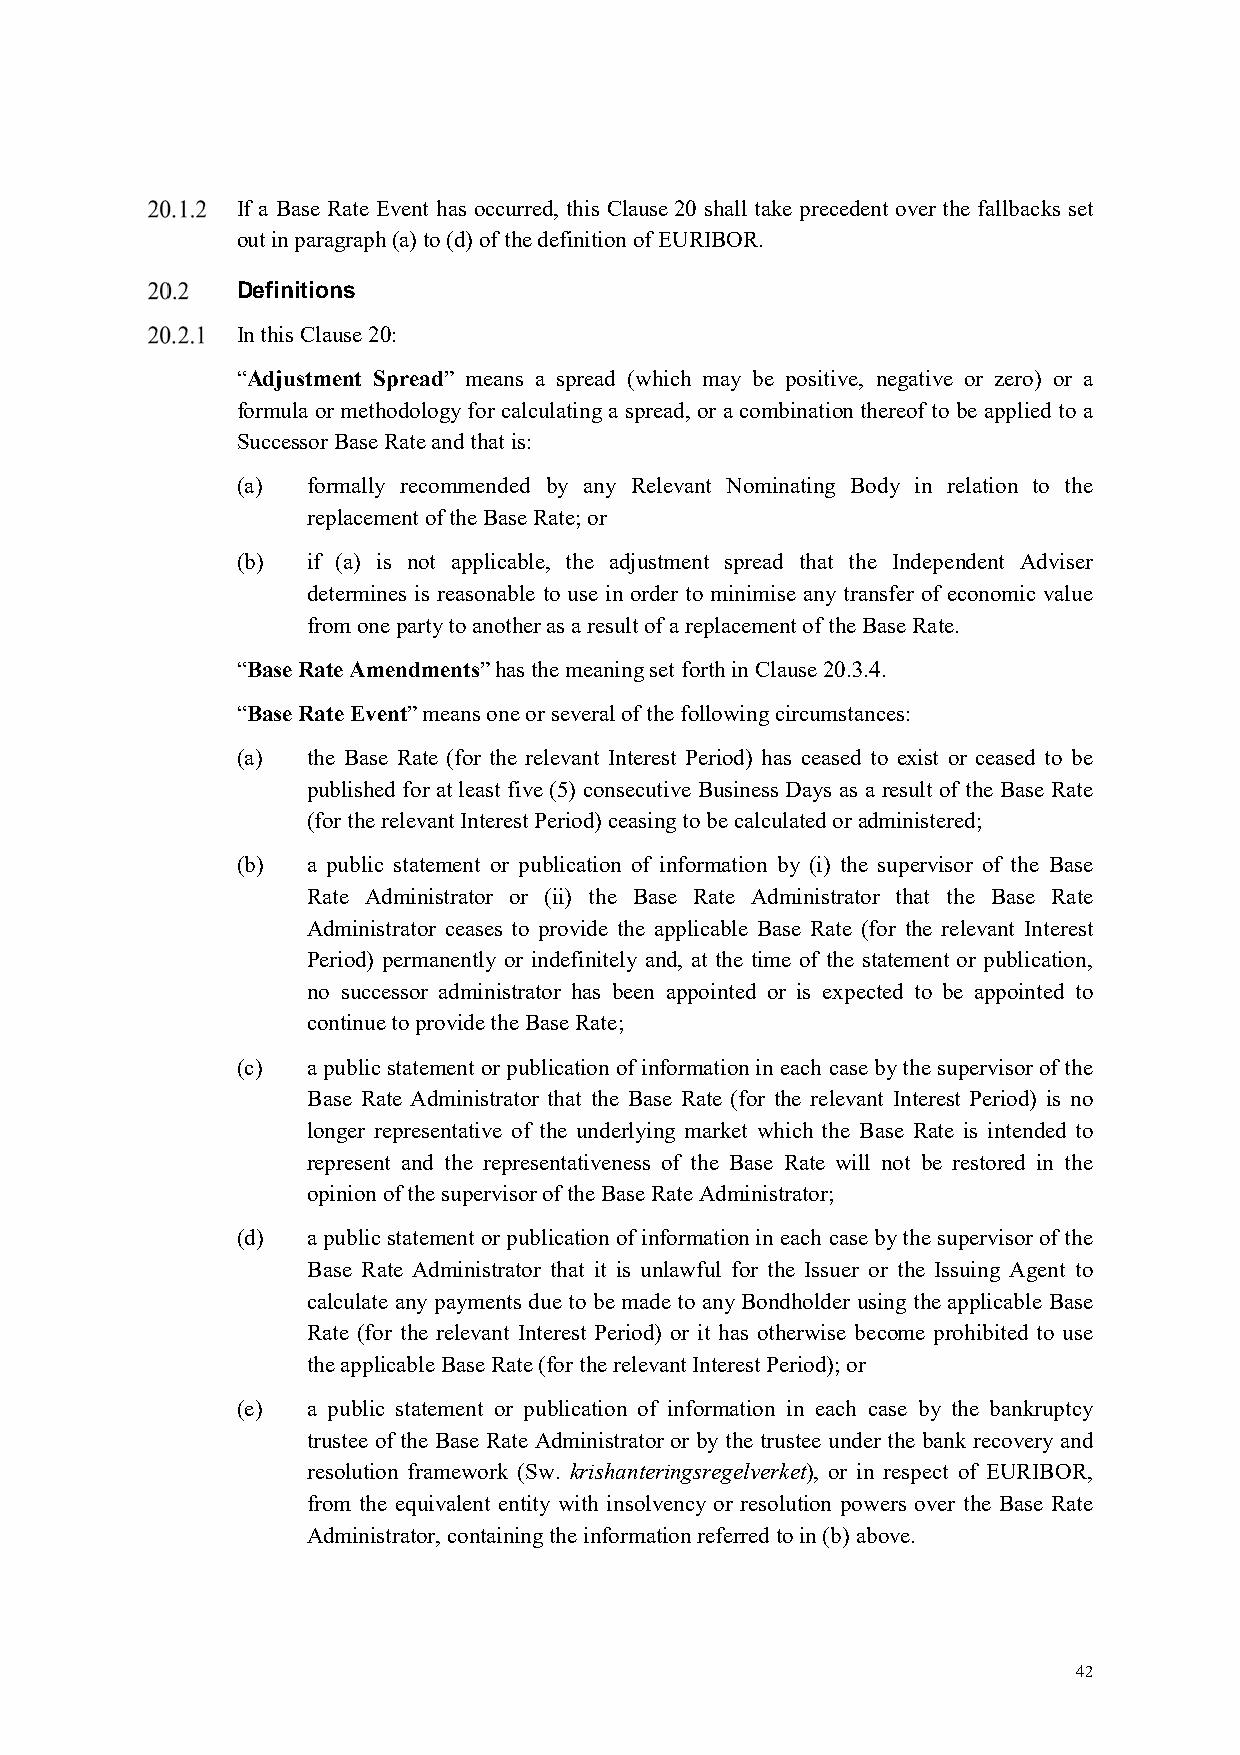
If a Base Rate Event has occurred, this Clause 20 shall take precedent over the fallbacks set
 out in paragraph (a) to (d) of the definition of EURIBOR.
 Definitions
 In this Clause 20:
 “Adjustment Spread” means a spread (which may be positive, negative or zero) or a
 formula or methodology for calculating a spread, or a combination thereof to be applied to a
 Successor Base Rate and that is:
 (a) formally recommended by any Relevant Nominating Body in relation to the
 replacement of the Base Rate; or
 (b) if (a) is not applicable, the adjustment spread that the Independent Adviser
 determines is reasonable to use in order to minimise any transfer of economic value
 from one party to another as a result of a replacement of the Base Rate.
 “Base Rate Amendments” has the meaning set forth in Clause 20.3.4.
 “Base Rate Event” means one or several of the following circumstances:
 (a) the Base Rate (for the relevant Interest Period) has ceased to exist or ceased to be
 published for at least five (5) consecutive Business Days as a result of the Base Rate
 (for the relevant Interest Period) ceasing to be calculated or administered;
 (b) a public statement or publication of information by (i) the supervisor of the Base
 Rate Administrator or (ii) the Base Rate Administrator that the Base Rate
 Administrator ceases to provide the applicable Base Rate (for the relevant Interest
 Period) permanently or indefinitely and, at the time of the statement or publication,
 no successor administrator has been appointed or is expected to be appointed to
 continue to provide the Base Rate;
 (c) a public statement or publication of information in each case by the supervisor of the
 Base Rate Administrator that the Base Rate (for the relevant Interest Period) is no
 longer representative of the underlying market which the Base Rate is intended to
 represent and the representativeness of the Base Rate will not be restored in the
 opinion of the supervisor of the Base Rate Administrator;
 (d) a public statement or publication of information in each case by the supervisor of the
 Base Rate Administrator that it is unlawful for the Issuer or the Issuing Agent to
 calculate any payments due to be made to any Bondholder using the applicable Base
 Rate (for the relevant Interest Period) or it has otherwise become prohibited to use
 the applicable Base Rate (for the relevant Interest Period); or
 (e) a public statement or publication of information in each case by the bankruptcy
 trustee of the Base Rate Administrator or by the trustee under the bank recovery and
 resolution framework (Sw. krishanteringsregelverket), or in respect of EURIBOR,
 from the equivalent entity with insolvency or resolution powers over the Base Rate
 Administrator, containing the information referred to in (b) above.
 42